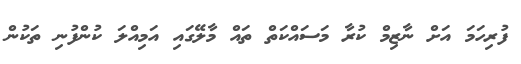
ފުރިހަމަ އަށް ނާޒިމް ކުރާ މަސައްކަތް ތައް މާލޭގައި އަމިއްލަ ކުންފުނި ތަކުން